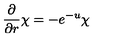
\frac { \partial } { \partial r } \chi = - e \sp { - u } \chi